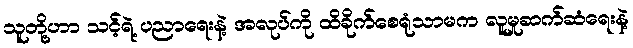
သူတို့ဟာ သင့်ရဲ့ ပညာရေးနဲ့ အလုပ်ကို ထိခိုက်စေရုံသာမက လူမှုဆက်ဆံရေးနဲ့